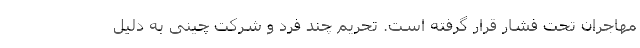
مهاجران تحت فشار قرار گرفته است. تحریم چند فرد و شرکت چینی به دلیل